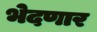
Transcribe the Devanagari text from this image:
भेदणार